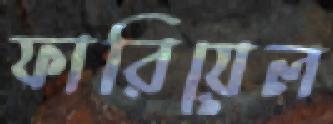
ফারিয়েল